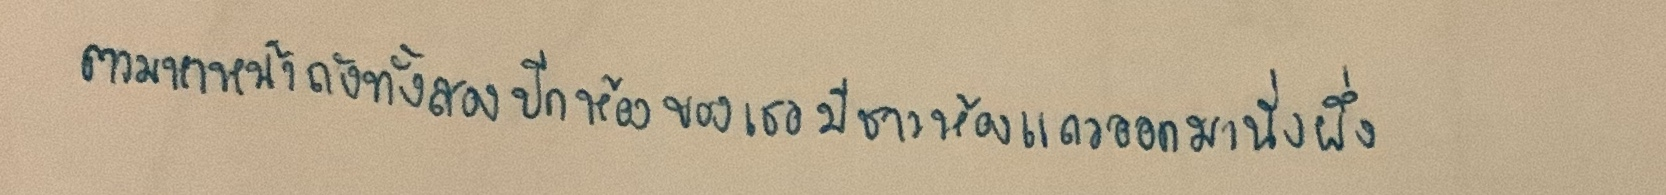
ตามหน้าถังทั้งสองปีกห้องของเธอมีชาวห้องแถวออกมานั่งผึ่ง